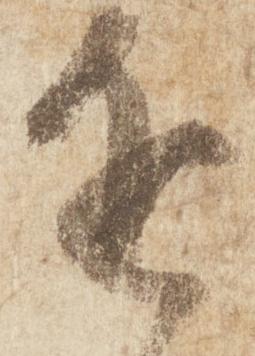
近